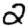
Digit: 2